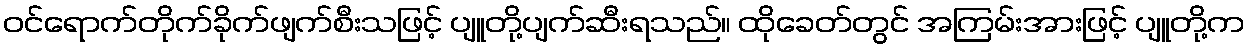
ဝင်ရောက်တိုက်ခိုက်ဖျက်စီးသဖြင့် ပျူတို့ပျက်ဆီးရသည်။ ထိုခေတ်တွင် အကြမ်းအားဖြင့် ပျူတို့က